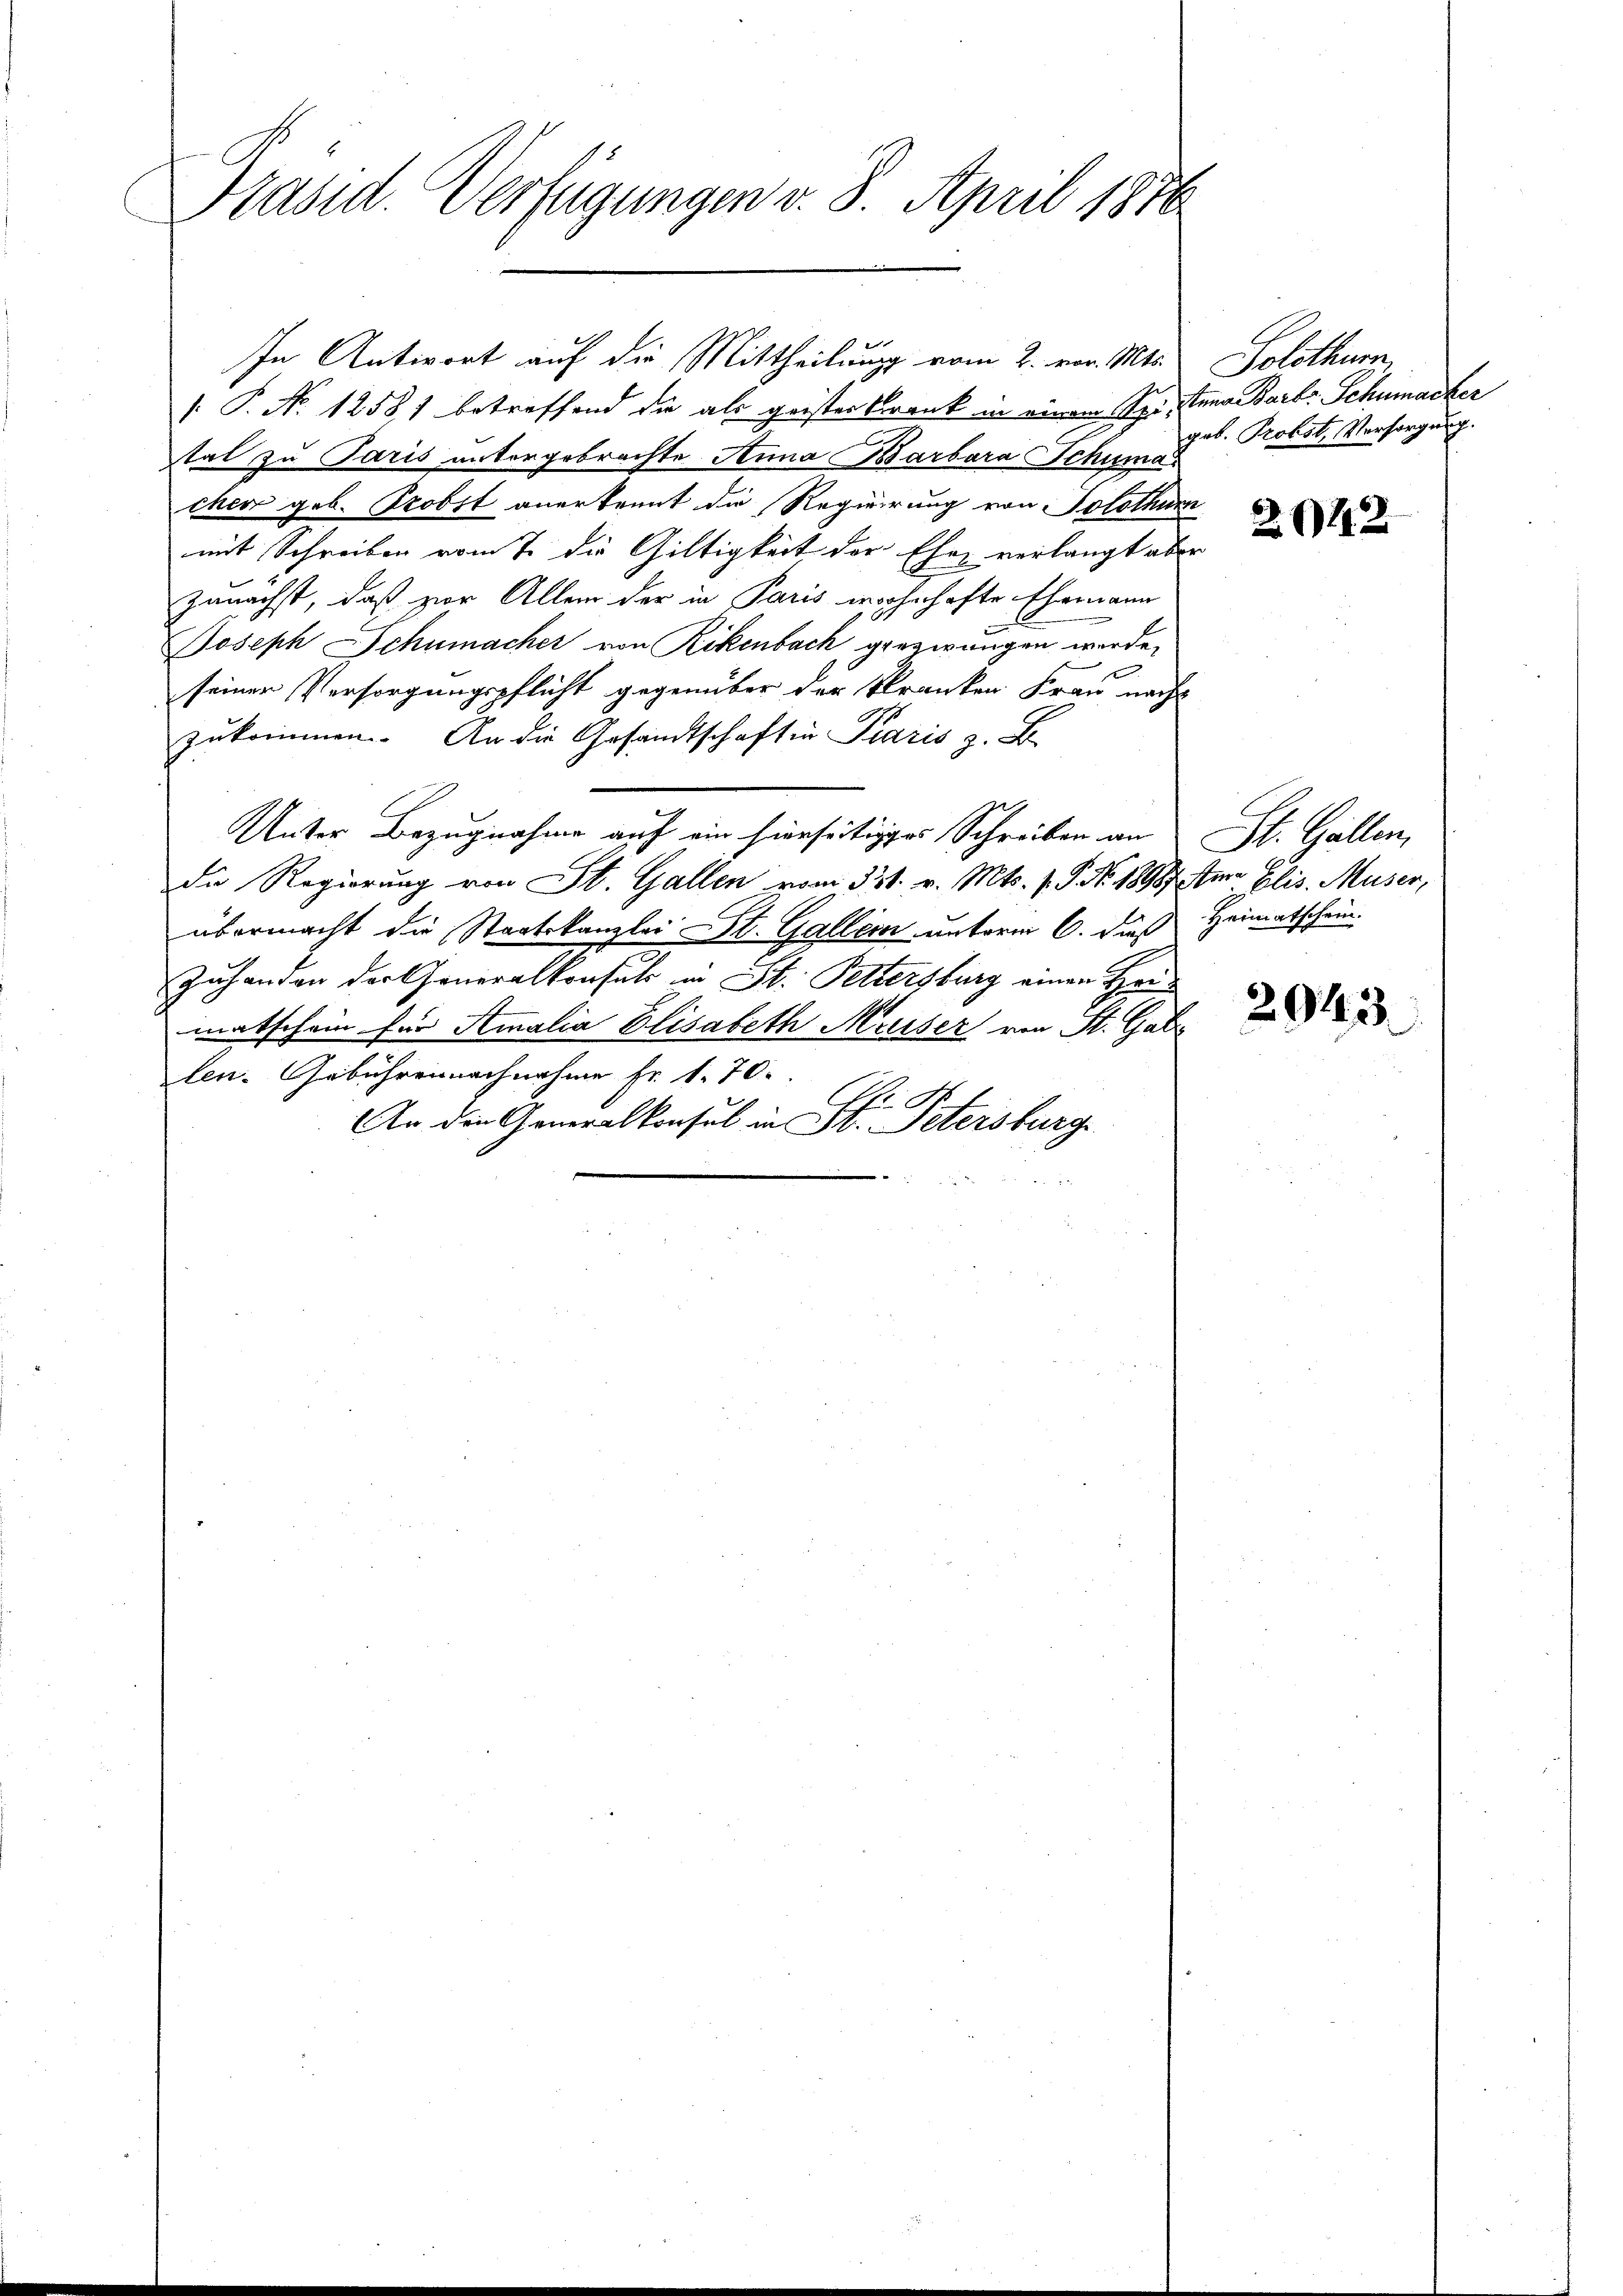
Präsid. Verfügungen v. 8. April 1876

. P. No 12581 betreffend die als geisterkrank in einem Vor tana Barts Schumacker
tat zu Paris untergebrachte Anna Barbara Schuma
cher geb. Probst anerkennt die Regierung von Solothurn
mit Schreiben vom 7. die Gültigkeit der Ehe verlangt aber
zunächst, daß vor Allem der in Paris wohnhafte Ehemann
Joseph Schumacher von Rikenbach, gezwungen werde,
x
seiner Versorgungspflicht gegenüber der kranken Frau nach
zukommen. An die Gesandtschaften Paris z. B.
Unter Bezugnahme auf ein hierseitiges Schreiben an St. Gallen,
Die Regierung von St. Gallen vom 331. v. Mts. 1 S. No. 1898 u. Elis. Muser,
übermacht die Staatskanzlei St. Galler unterm 6. daß Heimatschein.
Zuhanden der Generalkonsuls in St. Pettersburg einen Heimatschein für Amalia Elisabeth Musser von St. Gal
len. Gebühren nachnahme fr. 1. 70.
C
A
An die Generalkonsul in St. Petersburg

In Antwort auf die Mittheilung vom 2. vor. Mts. Solothurn,

geb. Probst, Versorgung.

2622

2943